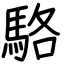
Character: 駱